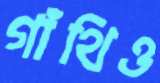
গাঁথিও